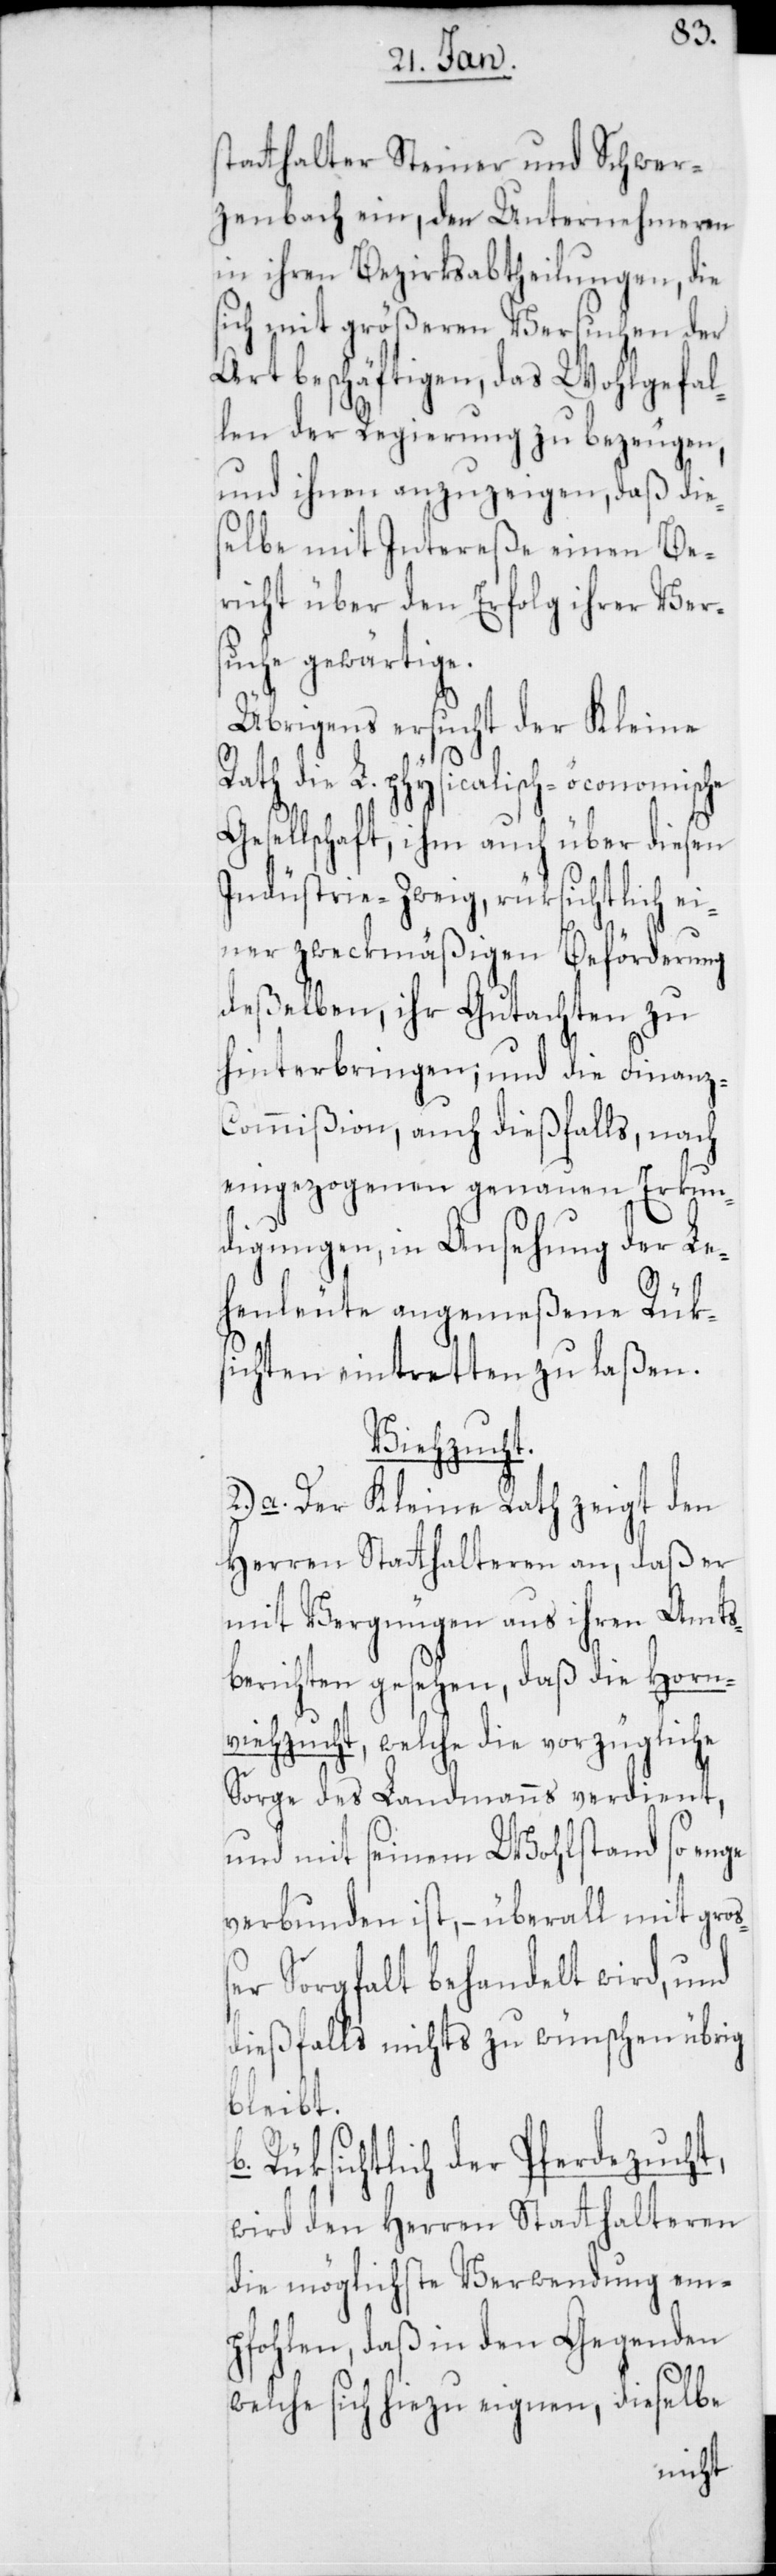
statthalter Steiner und Schwer¬
zenbach ein, den Unternehmeren
in ihren Bezirksabtheilungen, die
sich mit größeren Versuchen der
Art beschäftigen, das Wohlgefal¬
len der Regierung zu bezeugen,
und ihnen anzuzeigen, daß die¬
selbe mit Intereße einen Be¬
richt über den Erfolg ihrer Ver¬
suche gewärtige.
Übrigens ersucht der Kleine
ath die L. physicalisch-öconomische
Gesellschaft, ihm auch über diesen
Industrie-Zweyg, rüksichtlich ei¬
ner zweckmäßigen Beförderung
deßelben, ihr Gutachten zu
hinterbringen; und die Finanz-C¬
ommißion, auch dießfalls, nach
eingezogenen genauen Erkun¬
digungen, in Ansehung der Le¬
henleute angemeßene Rüks¬
ichten eintretten zu laßen.
Viehzucht.
2.) a. Der Kleine Rath zeigt den
Herren Statthalteren an, daß er
mit Vergnügen aus ihren Amts¬
berichten gesehen, daß die Horn¬
viehzucht, welche die vorzügliche
Sorge des Landmanns verdient,
und mit seinem Wohlstand so enge
verbunden ist, – überall mit groß¬
er Sorgfalt behandelt wird, und
dießfalls nichts zu wünschen übrig
bleibt.
Rüksichtlich der Pferdezucht,
wird den Herren Statthalteren
die möglichste Verwendung em¬
pfohlen, daß in den Gegenden
R¬
welche sich hiezu eignen, dieselbe